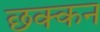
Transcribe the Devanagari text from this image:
छक्कन